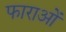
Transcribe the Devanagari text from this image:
फाराओं